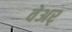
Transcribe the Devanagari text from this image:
वेअर्